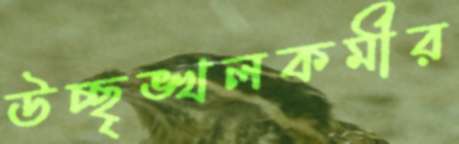
উচ্ছৃঙ্খলকর্মীর